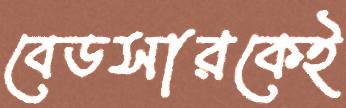
বেডসারকেই